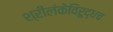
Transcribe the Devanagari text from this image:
श्रीलंकेविरुद्धच